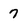
Character: 7